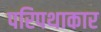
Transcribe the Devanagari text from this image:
परिपथाकार